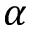
\alpha